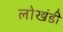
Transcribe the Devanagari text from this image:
लाेखंडी